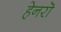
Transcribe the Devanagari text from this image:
हेनरॊ